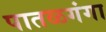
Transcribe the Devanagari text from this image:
पातळगंगा